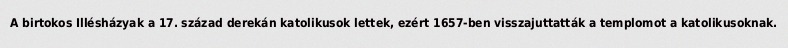
A birtokos Illésházyak a 17. század derekán katolikusok lettek, ezért 1657-ben visszajuttatták a templomot a katolikusoknak.